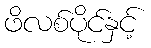
ဖိလစ်ပိုင်နှင့်